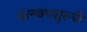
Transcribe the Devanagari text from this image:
मानवपशुरूपी